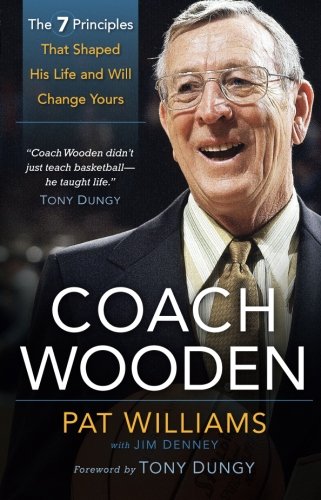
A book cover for Coach Wooden: The 7 Principles That Shaped His Life and Will Change Yours; Pat Williams; Biographies & Memoirs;